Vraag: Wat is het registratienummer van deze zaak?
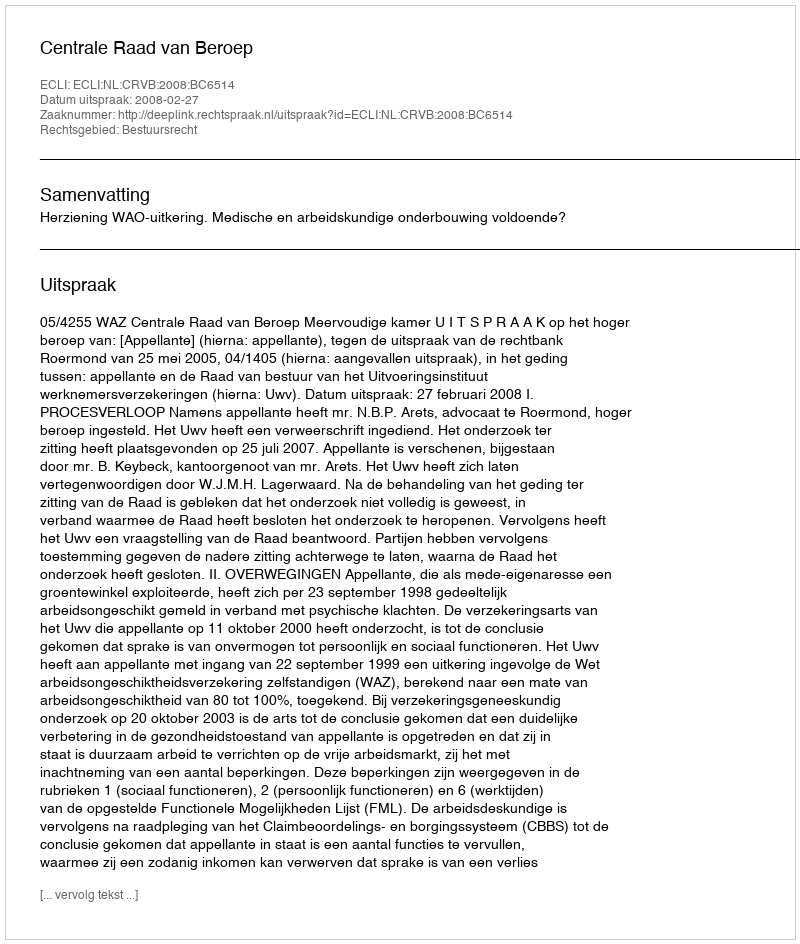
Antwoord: http://deeplink.rechtspraak.nl/uitspraak?id=ECLI:NL:CRVB:2008:BC6514